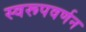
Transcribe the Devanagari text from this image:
स्वरूपवर्णन